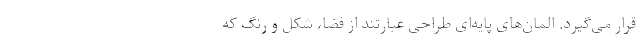
قرار می‌گیرد. المان‌های پایه‌ای طراحی عبارتند از فضا، شکل و رنگ که